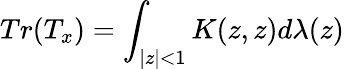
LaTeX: Tr(T_{x})=\int_{|z|<1}K(z,z)d\lambda(z)